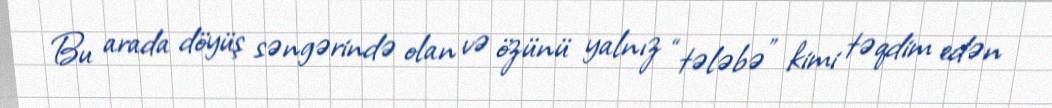
Bu arada döyüş səngərində olan və özünü yalnız “tələbə” kimi təqdim edən